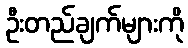
ဦးတည်ချက်များကို